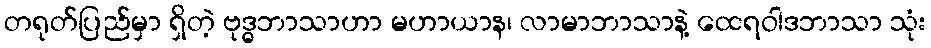
တရုတ်ပြည်မှာ ရှိတဲ့ ဗုဒ္ဓဘာသာဟာ မဟာယာန၊ လာမာဘာသာနဲ့ ထေရဝါဒဘာသာ သုံး